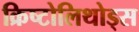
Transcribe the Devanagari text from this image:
क्रिष्टोलिथोड्स